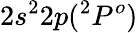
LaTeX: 2s^{2}2p(^{2}P^{o})